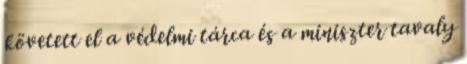
követett el a védelmi tárca és a miniszter tavaly